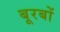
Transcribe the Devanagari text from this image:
बूरबों